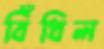
বিঁধিল